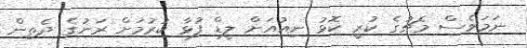
ނަމަވެސް މެޗުގެ ކުރީ ކޮޅު ނިއުއަށް ލީޑް ފުޅާ ކުރުމަށް ރަނުގެ ދެތިން